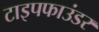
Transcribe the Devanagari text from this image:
टाइपफाउंडर